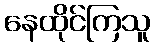
နေထိုင်ကြသူ